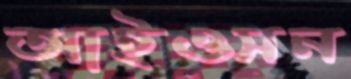
আইওসন